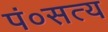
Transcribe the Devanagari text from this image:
पं०सत्य